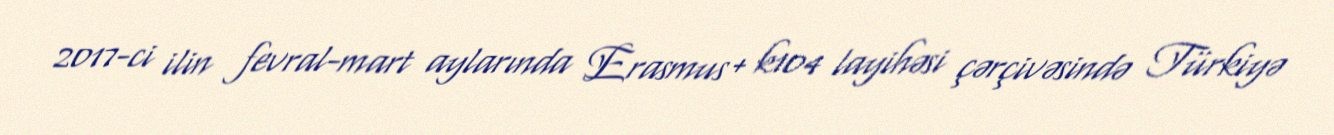
2017-ci ilin fevral-mart aylarında Erasmus+ k104 layihəsi çərçivəsində Türkiyə